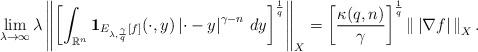
LaTeX: \begin{align*}\lim_{\lambda\to\infty}\lambda\left\|\left[\int_{\mathbb{R}^n}\mathbf{1}_{E_{\lambda,\frac{\gamma}{q}}[f]}(\cdot,y)\left|\cdot-y\right|^{\gamma-n}\,dy\right]^\frac{1}{q}\right\|_X=\left[\frac{\kappa(q,n)}{\gamma}\right]^\frac{1}{q}\left\|\,\left|\nabla f\right|\,\right\|_{X}.\end{align*}